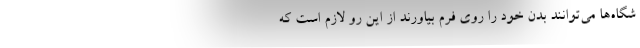
شگاه‌ها می‌توانند بدن خود را روی فرم بیاورند از این رو لازم است که